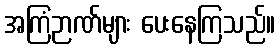
အကြံဉာဏ်များ ပေးနေကြသည်။